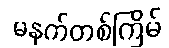
မနက်တစ်ကြိမ်